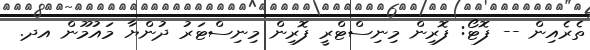
ތެރެއިން -- ފޮޓޯ: ފޮރިން މިނިސްޓްރީ ފޮރިން މިނިސްޓަރު ދުންޔާ މައުމޫން އދ.